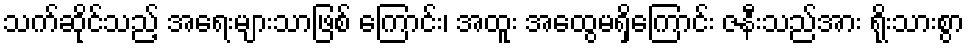
သက်ဆိုင်သည့် အရေးများသာဖြစ် ကြောင်း၊ အထူး အထွေမရှိကြောင်း ဇနီးသည်အား ရိုးသားစွာ